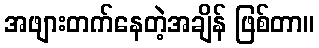
အဖျားတက်နေတဲ့အချိန် ဖြစ်တာ။